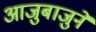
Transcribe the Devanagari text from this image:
आजुबाजुने